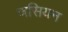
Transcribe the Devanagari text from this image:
णसियन